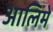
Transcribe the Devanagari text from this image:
आलिमे